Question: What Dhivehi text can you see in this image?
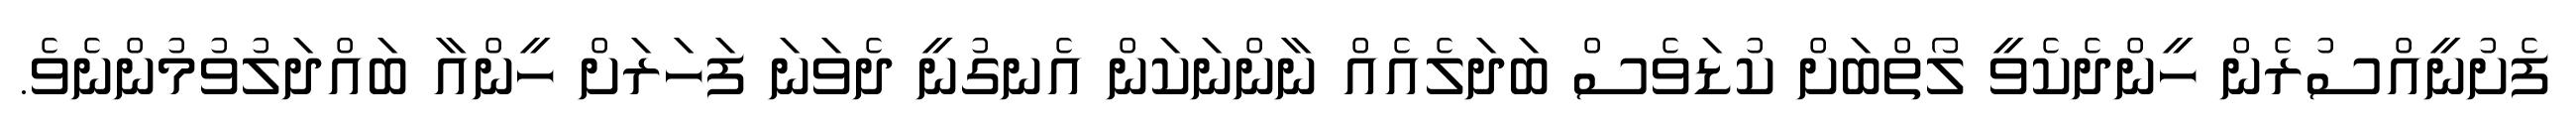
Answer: ފެށުނީއްސުރެން ހީންދެކެވީ ލޯތްބަށް ކުޑަވެސް ބަދަލެއެއް ނާންނަކަން އެނގުނީ ދެވަނަ ފަހަރަށް ހީންއާ ބައްދަލުވުމުންނެވެ.